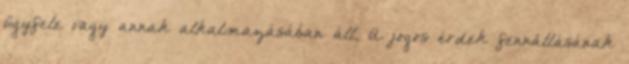
ügyfele vagy annak alkalmazásában áll. A jogos érdek fennállásának